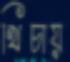
খিচায়